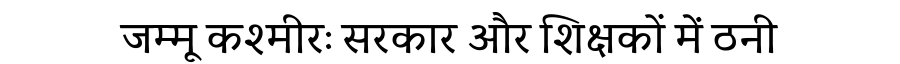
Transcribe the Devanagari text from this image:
जम्मू कश्मीरः सरकार और शिक्षकों में ठनी